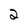
Character: 2